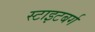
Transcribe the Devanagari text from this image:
स्टाइटबर्ग